Scientific memoirs by medical officers of the Army of India - Part XI,
Year: 1898
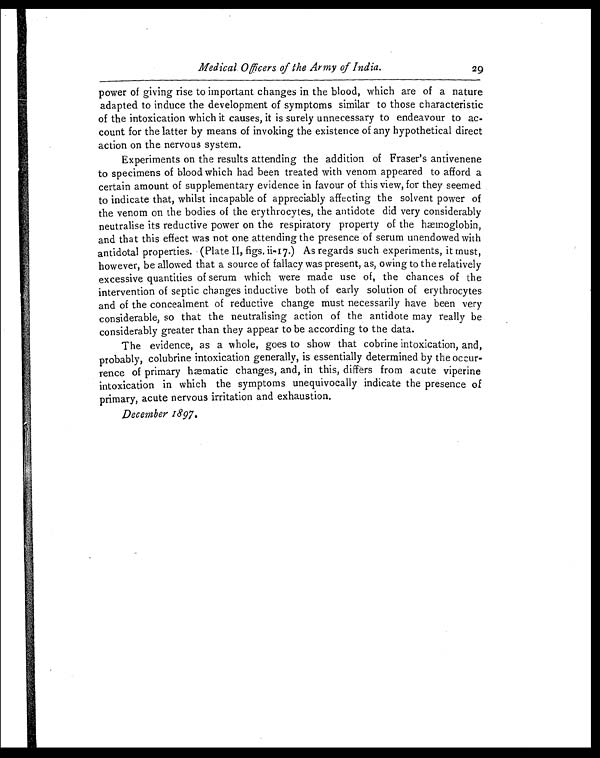
Medical Officers of the Army of India.
29
power of giving rise to important changes in the blood, which are of a nature
adapted to induce the development of symptoms similar to those characteristic
of the intoxication which it causes, it is surely unnecessary to endeavour to ac-
count for the latter by means of invoking the existence of any hypothetical direct
action on the nervous system.
Experiments on the results attending the addition of Fraser's antivenene
to specimens of blood which had been treated with venom appeared to afford a
certain amount of supplementary evidence in favour of this view, for they seemed
to indicate that, whilst incapable of appreciably affecting the solvent power of
the venom on the bodies of the erythrocytes, the antidote did very considerably
neutralise its reductive power on the respiratory property of the hæmoglobin,
and that this effect was not one attending the presence of serum unendowed with
antidotal properties. (Plate II, figs. ii-17.) As regards such experiments, it must,
however, be allowed that a source of fallacy was present, as, owing to the relatively
excessive quantities of serum which were made use of, the chances of the
intervention of septic changes inductive both of early solution of erythrocytes
and of the concealment of reductive change must necessarily have been very
considerable, so that the neutralising action of the antidote may really be
considerably greater than they appear to be according to the data.
The evidence, as a whole, goes to show that cobrine intoxication, and,
probably, colubrine intoxication generally, is essentially determined by the occur-
rence of primary hæmatic changes, and, in this, differs from acute viperine
intoxication in which the symptoms unequivocally indicate the presence of
primary, acute nervous irritation and exhaustion.
December 1897.